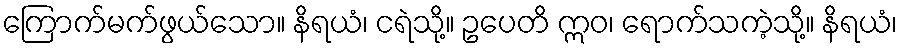
ကြောက်မက်ဖွယ်သော။ နိရယံ၊ ငရဲသို့။ ဥပေတိ ဣဝ၊ ရောက်သကဲ့သို့။ နိရယံ၊